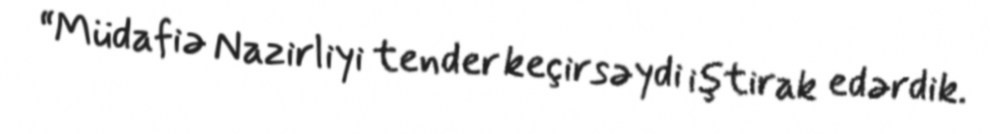
“Müdafiə Nazirliyi tender keçirsəydi iştirak edərdik.